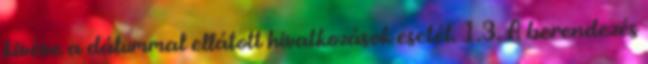
kivéve a dátummal ellátott hivatkozások esetét. 1.3. A berendezés